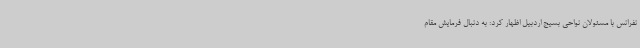
نفرانس با مسئولان نواحی بسیج اردبیل اظهار کرد: به دنبال فرمایش مقام